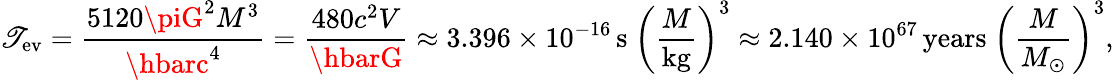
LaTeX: \mathscr{T}_{\mathrm{{ev}}}={\frac{{5120\piG^{2}M^{3}}}{{\hbarc^{4}}}}={\frac{{480c^{2}V}}{{\hbarG}}}\approx3.396\times10^{-16}\, \mathrm{{s}}\ \left({\frac{{M}}{{\mathrm{{kg}}}}}\right)^{3}\approx2.140\times10^{67}\, {\mathrm{{years}}}\ \left({\frac{{M}}{{M_{\odot}}}}\right)^{3},